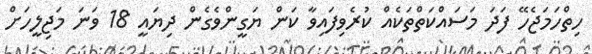
ހިތްހަމަޖެހޭ ފަދަ މަސައްކަތްތަކެއް ކުރެވިފައިވާ ކަން ޔަގީންވެގެން ދިޔައީ 18 ވަނަ މަޖިލީހަށް